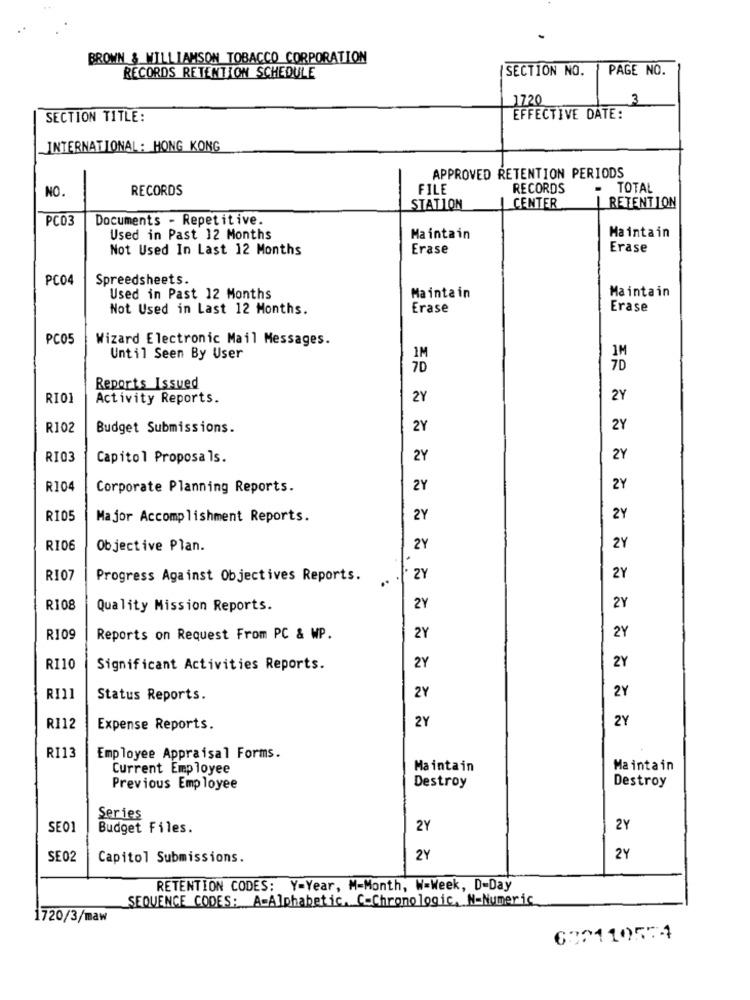
BROWN & WILLIAMSON TOBACCO CORPORATION
SECTION NO.
PAGE NO.
RECORDS RETENTION SCHEDULE
1720
3
SECTION TITLE:
EFFECTIVE DATE:
INTERNATIONAL: HONG KONG
APPROVED RETENTION PERIODS
NO.
RECORDS
FILE
RECORDS
TOTAL
STATION
CENTER
RETENTION
PC03
Documents - Repetitive.
Maintain
Used in Past 12 Months
Maintain
Not Used In Last 12 Months
Erase
Erase
PC04
Spreedsheets.
Maintain
Used in Past 12 Months
Maintain
Not Used in Last 12 Months.
Erase
Erase
PC05
Wizard Electronic Mail Messages.
IM
Until Seen By User
IM
7D
7D
Reports Issued
RIO1
Activity Reports.
2Y
2Y
R102
Budget Submissions.
2Y
2Y
RI03
Capitol Proposals.
2Y
2Y
R104
Corporate Planning Reports.
2Y
2Y
RI05
Major Accomplishment Reports.
2Y
2Y
RI06
Objective Plan.
2Y
2Y
RI07
Progress Against Objectives Reports.
ZY
2Y
R108
Quality Mission Reports.
2Y
2Y
R109
Reports on Request From PC & WP.
2Y
2Y
RI10
Significant Activities Reports.
2Y
2Y
2Y
RI11
Status Reports.
2Y
2Y
2Y
RI12
Expense Reports.
RI13
Employee Appraisal Forms.
Current Employee
Maintain
Maintain
Destroy
Previous Employee
Destroy
Series
SEO
Budget Files.
2Y
2Y
SE02
Capitol Submissions.
2Y
2Y
RETENTION CODES: Y-Year, M-Month, W=Week, D-Day
SEQUENCE CODES: A-Alphabetic. C-Chronologic, N-Numeric
1720/3/maw
632110574